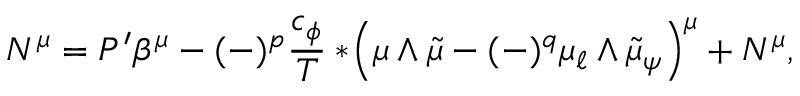
N ^ { \mu } = P ^ { \prime } \beta ^ { \mu } - ( - ) ^ { p } \frac { c _ { \phi } } { T } * \! \left( \mu \wedge \tilde { \mu } - ( - ) ^ { q } \mu _ { \ell } \wedge \tilde { \mu } _ { \psi } \right) ^ { \mu } + { \cal N } ^ { \mu } ,